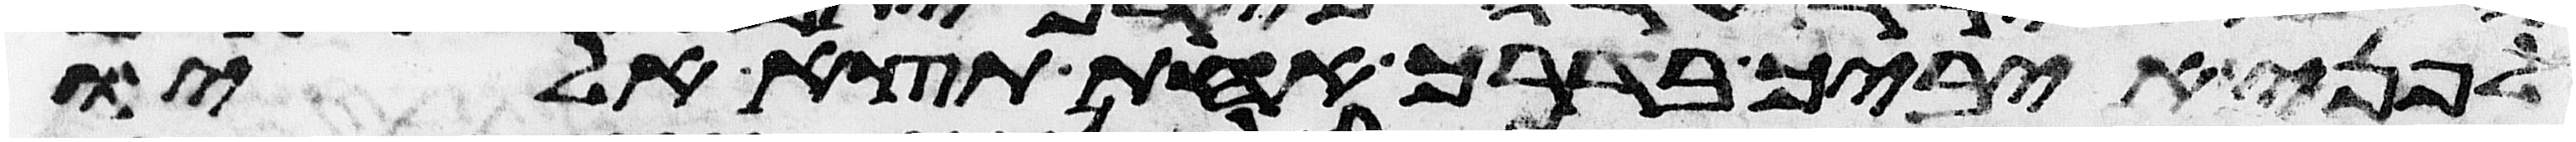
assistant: לפני איביך בדרך אחת תצא אליו